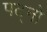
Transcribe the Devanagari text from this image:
पट्नो